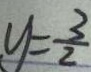
y = \frac { 3 } { 2 }